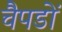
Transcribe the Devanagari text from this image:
चैपडों